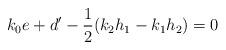
LaTeX: \begin{align*} k_0e +d' -\frac12(k_2h_1-k_1h_2)=0 \end{align*}